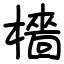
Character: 檣